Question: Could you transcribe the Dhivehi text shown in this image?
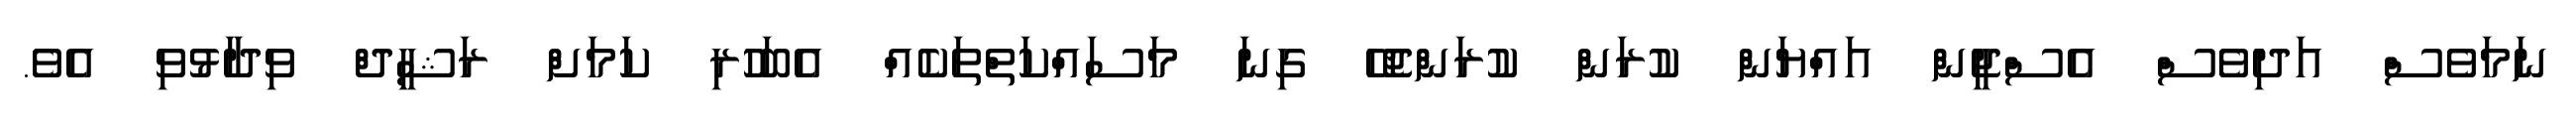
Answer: ނަމަވެސް އަދިވެސް އެސްޖީން އައްޔަން ކުރަން ކުރަންޖެހޭ ގިނަ މަސައްކަތްތަކެއް އެބަހުރި ކަމަށް ރަޝީދް ވިދާޅުވި އެވެ.